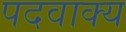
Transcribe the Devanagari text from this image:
पदवाक्य